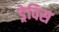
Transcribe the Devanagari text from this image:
ड्रेविस